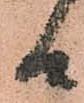
候